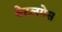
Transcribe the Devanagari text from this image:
बेटलगेस